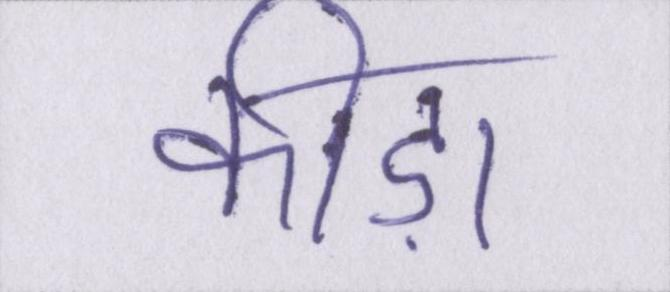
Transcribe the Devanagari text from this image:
कीड़ा